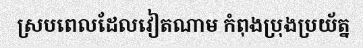
ស្របពេលដែលវៀតណាម កំពុងប្រុងប្រយ័ត្ន